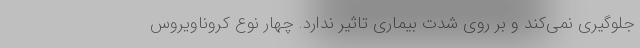
جلوگیری نمی‌کند و بر روی شدت بیماری تاثیر ندارد. چهار نوع کروناویروس